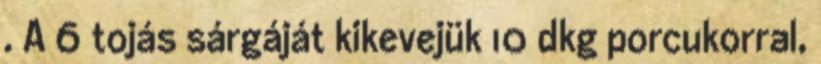
. A 6 tojás sárgáját kikevejük 10 dkg porcukorral,